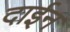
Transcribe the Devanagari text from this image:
दाईन